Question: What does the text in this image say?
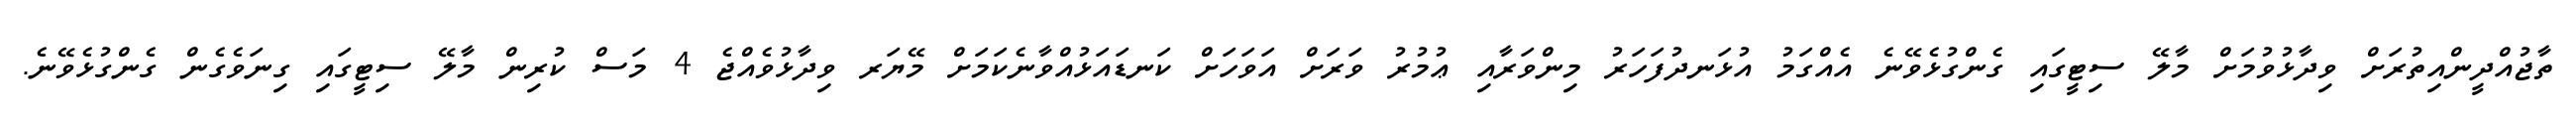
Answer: ތާޖުއްދީންއިތުރަށް ވިދާޅުވުމަށް މާލޭ ސިޓީގައި ގެންގުޅެވޭނެ އެއްގަމު އުޅަނދުފަހަރު މިންވަރާއި ޢުމުރު ވަރަށް އަވަހަށް ކަނޑައަޅުއްވާނެކަމަށް މޭޔަރ ވިދާޅުވެއްޖެ 4 މަސް ކުރިން މާލޭ ސިޓީގައި ގިނަވެގެން ގެންގުޅެވޭނެ.